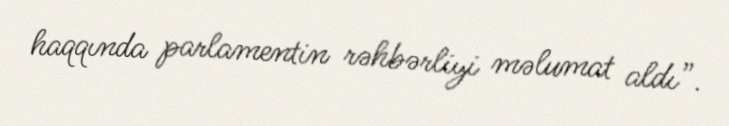
haqqında parlamentin rəhbərliyi məlumat aldı”.